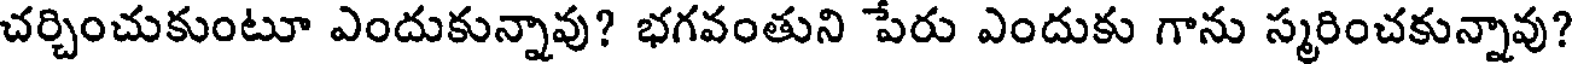
చర్చించుకుంటూ ఎందుకున్నావు? భగవంతుని పేరు ఎందుకు గాను స్మరించకున్నావు?